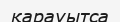
қарауытса